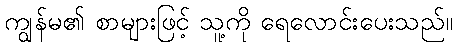
ကျွန်မ၏ စာများဖြင့် သူ့ကို ရေလောင်းပေးသည်။